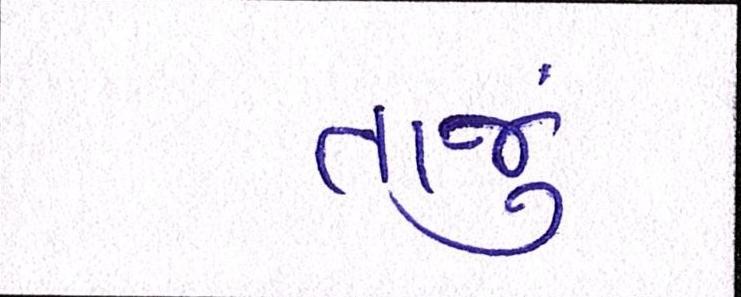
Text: તાજું